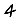
Digit: 4